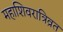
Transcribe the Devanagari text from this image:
महाशिवरात्रिव्रत